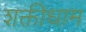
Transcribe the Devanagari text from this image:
शक्तीधाम